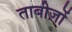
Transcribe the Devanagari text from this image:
ताबीज़ों